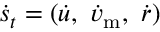
\boldsymbol { \dot { s } } _ { t } = ( \dot { u } , ~ \dot { v } _ { \mathrm { m } } , ~ \dot { r } )